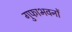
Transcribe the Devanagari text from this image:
गुफाभवनों